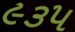
૯૩૫